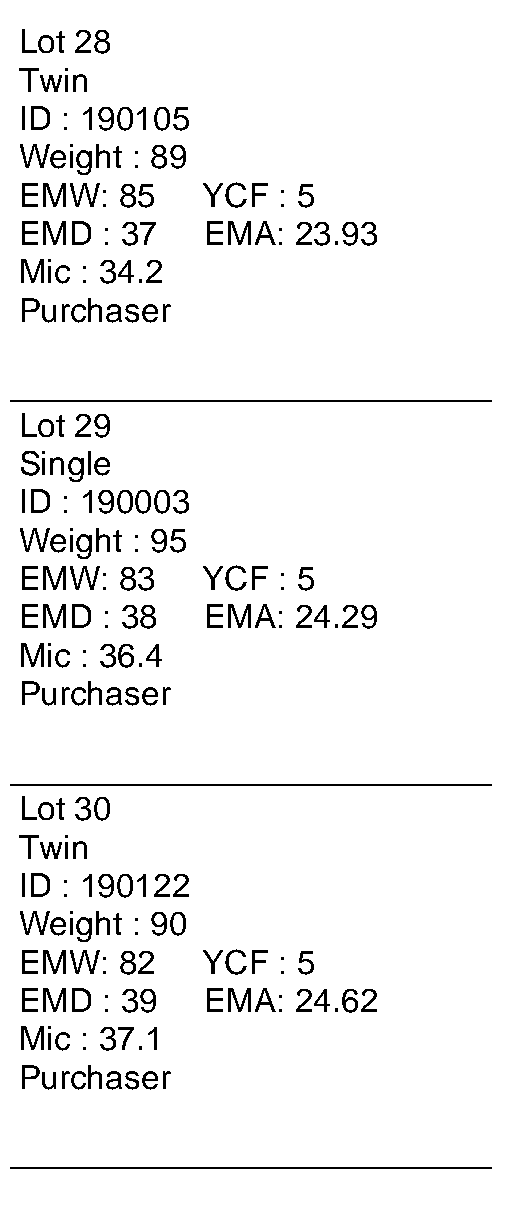
Lot 28
 Twin
 ID : 190105
 Weight  : 89
 EMW:   85   YCF  : 5
 EMD   : 37  EMA:   23.93
 Mic : 34.2
 Purchaser
 __________________________
 Lot 29
 Single
 ID : 190003
 Weight  : 95
 EMW:   83   YCF  : 5
 EMD   : 38  EMA:   24.29
 Mic : 36.4
 Purchaser
 __________________________
 Lot 30
 Twin
 ID : 190122
 Weight  : 90
 EMW:   82   YCF  : 5
 EMD   : 39  EMA:   24.62
 Mic : 37.1
 Purchaser
 __________________________